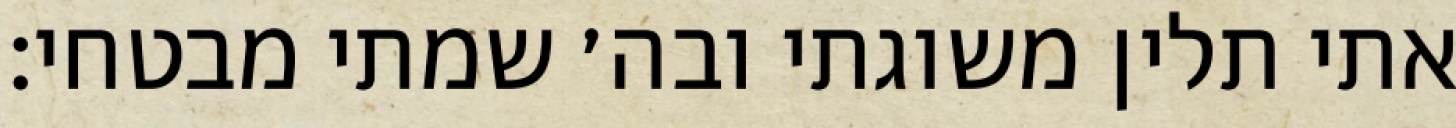
אתי תלין משוגתי ובה׳ שמתי מבטחי: